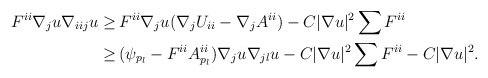
\begin{align*}\begin{aligned}F^{ii} \nabla_{j} u \nabla_{iij} u \geq \,& F^{ii} \nabla_{j} u (\nabla_{j} U_{ii} - \nabla_{j} A^{ii}) - C |\nabla u|^2 \sum F^{ii} \\ \geq \,& (\psi_{p_{l}} - F^{ii} A^{ii}_{p_l}) \nabla_{j} u \nabla_{jl} u - C |\nabla u|^2 \sum F^{ii}- C |\nabla u|^2.\end{aligned}\end{align*}